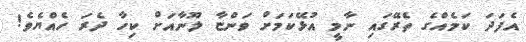
އެފަދަ ކަމެއްގެ ތެރޭގައި ނާމީ އުޅޭކަމަށް ވަންޏާ ލޫނާއަށް ކިހާ ދެރަ ހެއްޔެވެ!